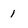
Character: 1